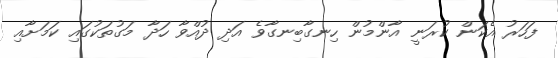
ފަހަރު އެކަން ކުރަނީ އާންމުން ހިނގާބިނގާވެ އަދި ދުއްވާ ހަދާ މަގުތަކުގައި ކަމަށާއި